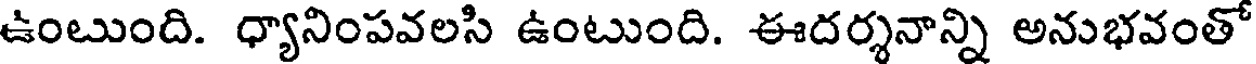
ఉంటుంది. ధ్యానింపవలసి ఉంటుంది. ఈదర్శనాన్ని అనుభవంతో